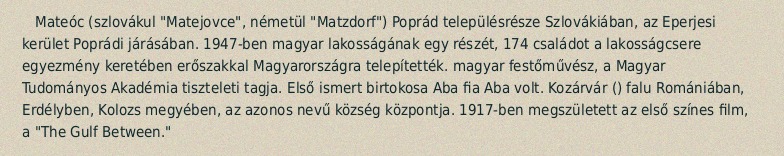
Mateóc (szlovákul "Matejovce", németül "Matzdorf") Poprád településrésze Szlovákiában, az Eperjesi kerület Poprádi járásában. 1947-ben magyar lakosságának egy részét, 174 családot a lakosságcsere egyezmény keretében erőszakkal Magyarországra telepítették. magyar festőművész, a Magyar Tudományos Akadémia tiszteleti tagja. Első ismert birtokosa Aba fia Aba volt. Kozárvár () falu Romániában, Erdélyben, Kolozs megyében, az azonos nevű község központja. 1917-ben megszületett az első színes film, a "The Gulf Between."